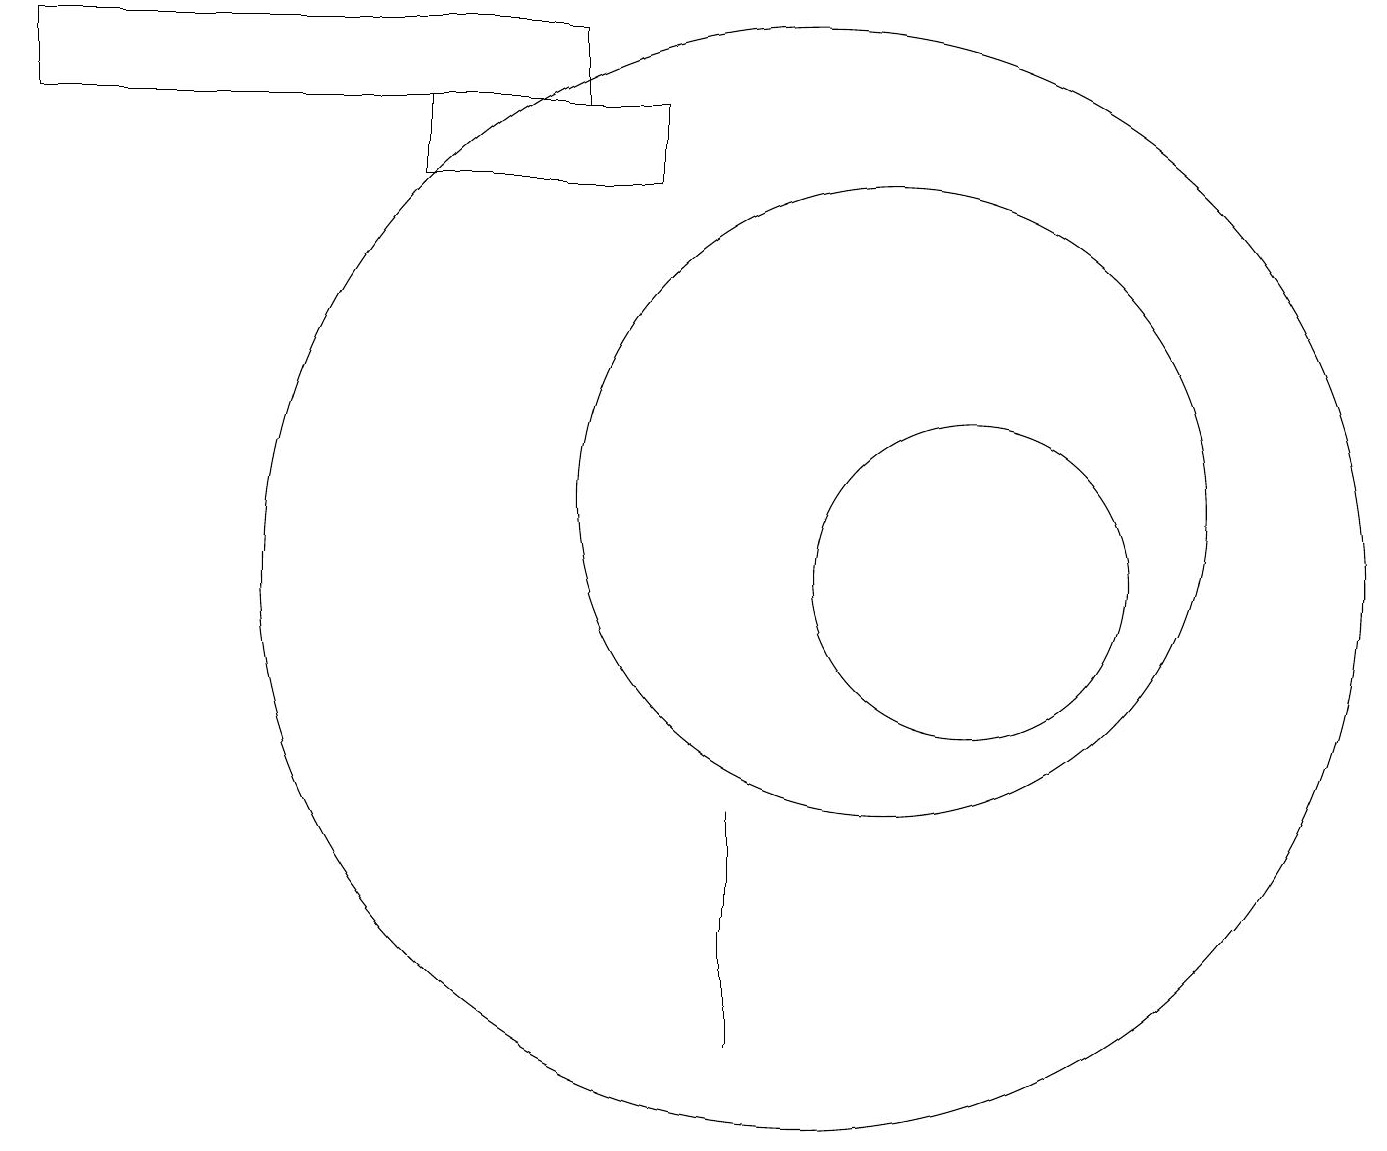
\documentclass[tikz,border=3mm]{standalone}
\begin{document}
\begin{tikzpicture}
\draw (5,16) rectangle (8,15);
\draw (9,7) -- (9,4) -- (9,6) -- cycle;
\draw (12,10) circle (2);
\draw (10,10) circle (7);
\draw (0,17) rectangle (7,16);
\draw (11,11) circle (4);
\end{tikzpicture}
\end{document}